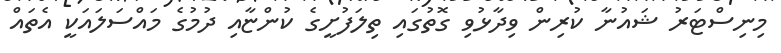
މިނިސްޓަރު ޝައުނާ ކުރިން ވިދާޅުވި ގޮތުގައި ތިލަފުށީގެ ކުންޏާއި ދުމުގެ މައްސަލައަކީ އެތައް